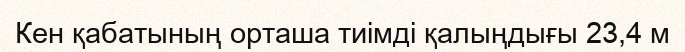
Кен қабатының орташа тиімді қалыңдығы 23,4 м